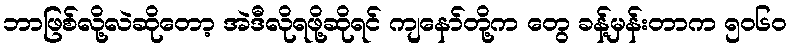
ဘာဖြစ်လို့လဲဆိုတော့ အဲဒီလိုရဖို့ဆိုရင် ကျနော်တို့က တွေ ခန့်မှန်းတာက ၅၀၆၀